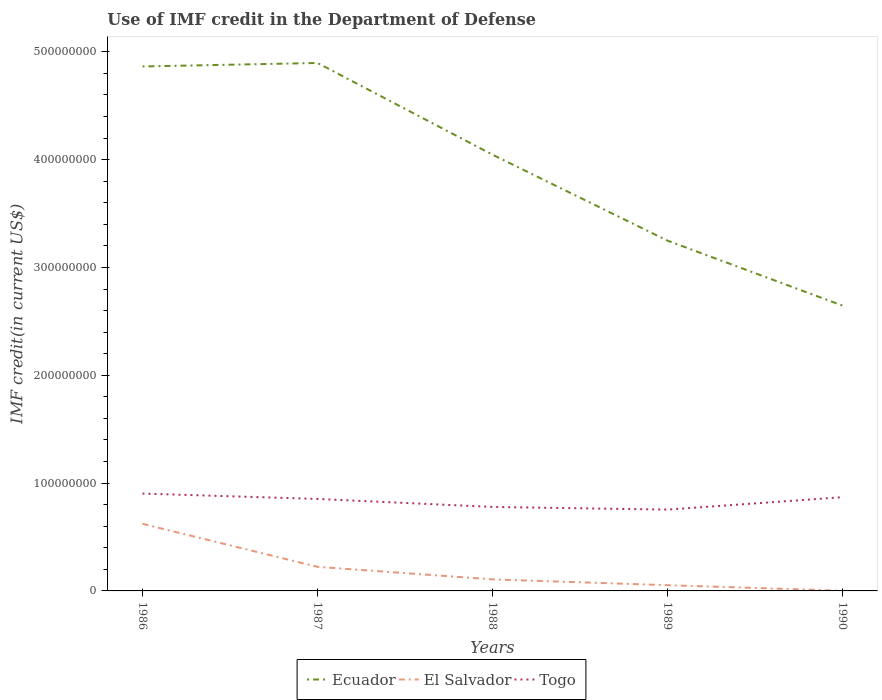
| Years | Ecuador | El Salvador | Togo |
 | --- | --- | --- | --- |
 | 1986 | 4.86e+08 | 6.22e+07 | 9.03e+07 |
 | 1987 | 4.9e+08 | 2.23e+07 | 8.53e+07 |
 | 1988 | 4.05e+08 | 1.07e+07 | 7.79e+07 |
 | 1989 | 3.25e+08 | 5.32e+06 | 7.54e+07 |
 | 1990 | 2.65e+08 | 1.88e+05 | 8.7e+07 |